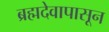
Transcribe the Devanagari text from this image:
ब्रह्मदेवापासून